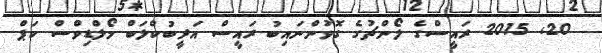
20